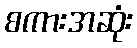
စကားအဆုံး